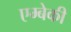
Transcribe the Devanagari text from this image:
एम्बेकी